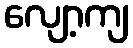
လျော့ကျ